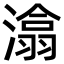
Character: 潝